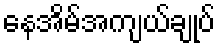
နေအိမ်အကျယ်ချုပ်